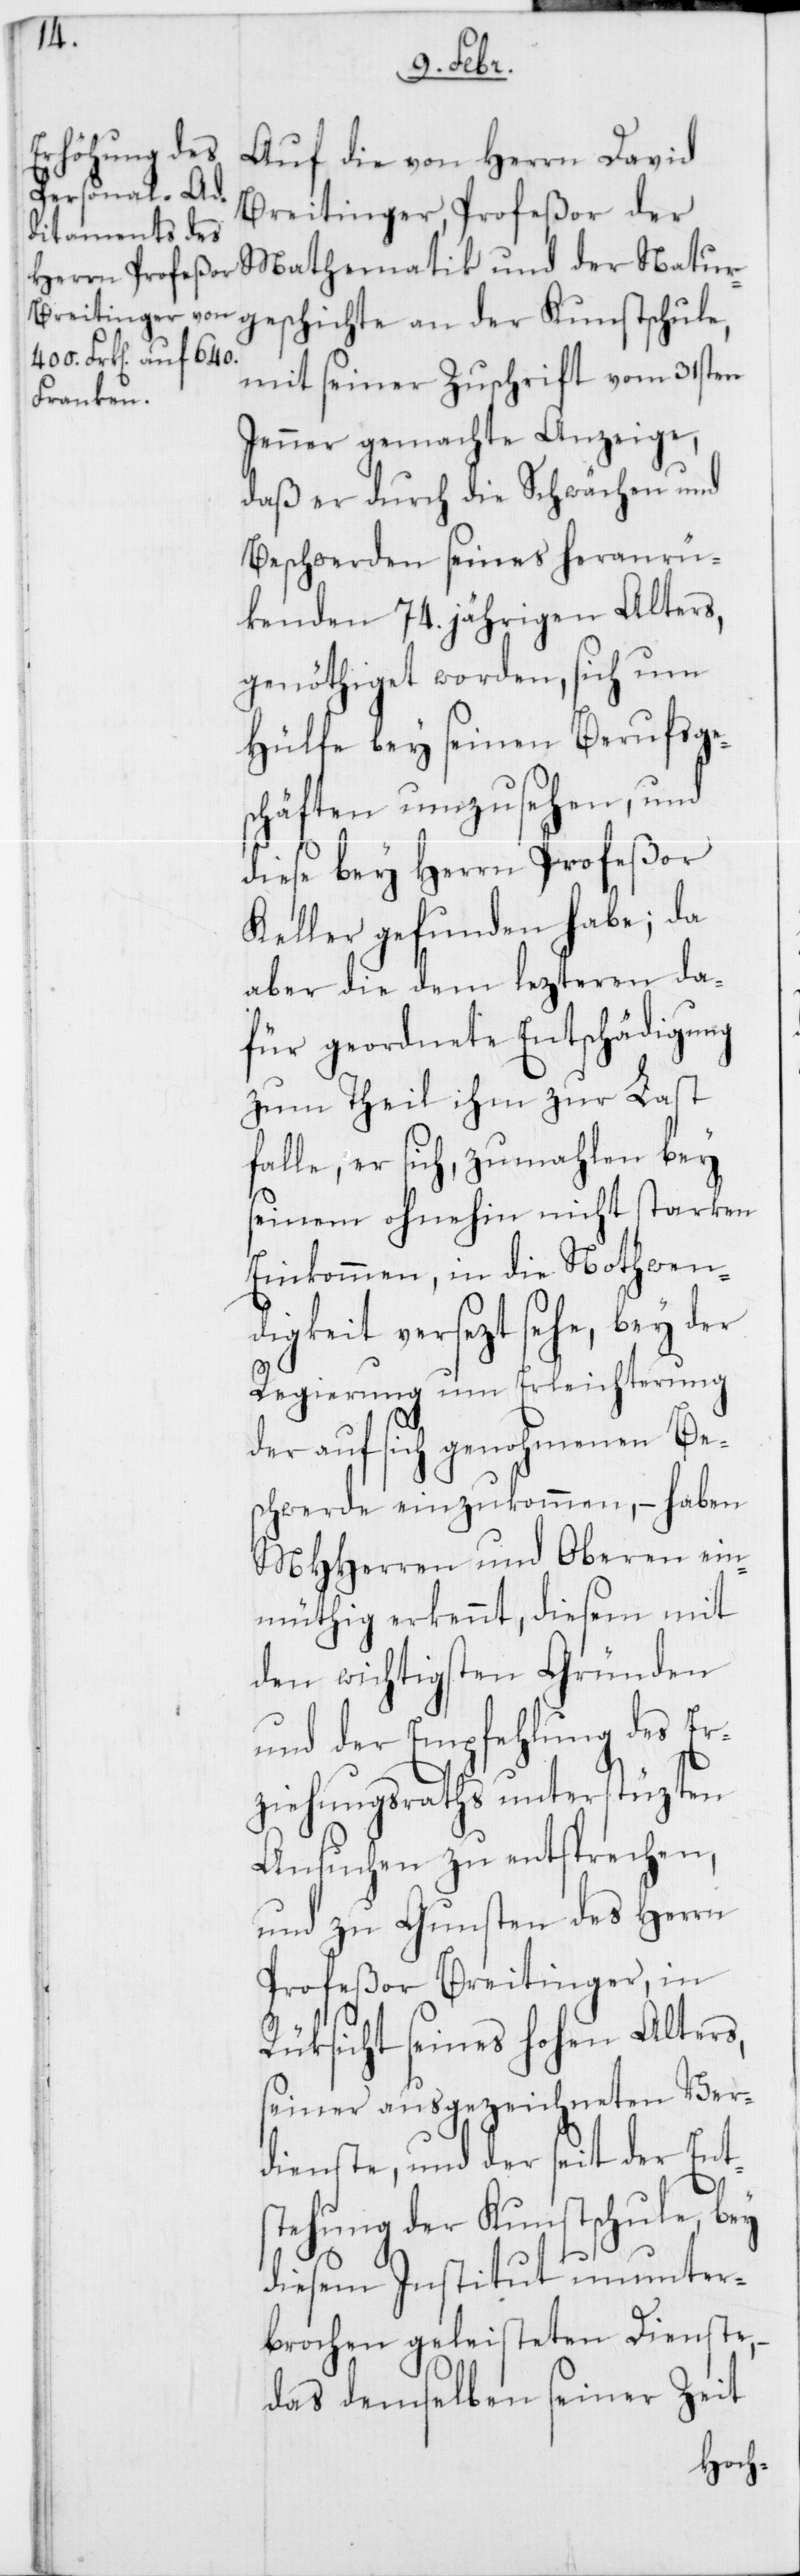
Auf die von Herrn David
Breitinger, Profeßor der
Mathematik und der Natur¬
geschichte an der Kunstschule,
mit seiner Zuschrift vom 31sten
Jenner gemachte Anzeige,
daß er durch die Schwächen und
Beschwerden seines heranrü¬
kenden 74. jährigen Alters,
genöthiget worden, sich um
Hülfe bey seinen Berufsge¬
schäften umzusehen, und
diese bey Herrn Profeßor
Keller gefunden habe; da
aber die dem lezteren da¬
für geordnete Entschädigung
zum Theil ihm zur Last
falle, er sich, zumahlen bey
seinem ohnehin nicht starken
Einkommen, in die Nothwen¬
digkeit versezt sehe, bey der
Regierung um Erleichterung
der auf sich genohmenen Be¬
schwerde einzukommen, – haben
MHHerren und Oberen ein¬
müthig erkennt, diesem mit
den wichtigsten Gründen
und der Empfehlung des Er¬
ziehungsraths unterstüzten
Ansuchen zu entsprechen,
und zu Gunsten des Herrn
Profeßor Breitinger, in
Rüksicht seines hohen Alters,
seiner ausgezeichneten Ver¬
dienste, und der seit der Ent¬
stehung der Kunstschule, bey
diesem Institut ununter¬
brochen geleisteten Dienste,
das demselben seiner Zeit